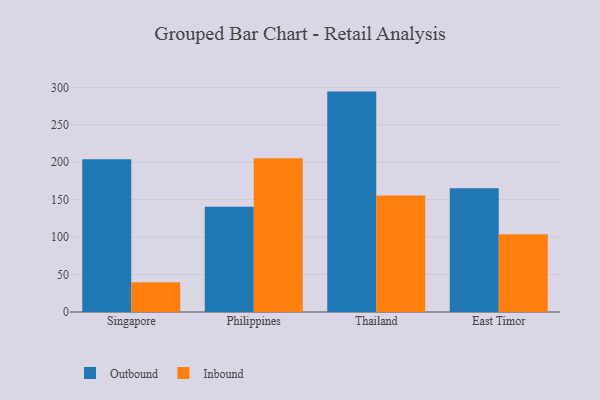
{"axis": {"x": "Country", "y": "Satisfaction Score"}, "legend": ["Inbound", "Outbound"], "data": [{"x": "Singapore", "y": 204.1, "type": "Outbound"}, {"x": "Singapore", "y": 39.8, "type": "Inbound"}, {"x": "Philippines", "y": 140.4, "type": "Outbound"}, {"x": "Philippines", "y": 205.2, "type": "Inbound"}, {"x": "Thailand", "y": 294.3, "type": "Outbound"}, {"x": "Thailand", "y": 155.4, "type": "Inbound"}, {"x": "East Timor", "y": 165.3, "type": "Outbound"}, {"x": "East Timor", "y": 103.7, "type": "Inbound"}]}